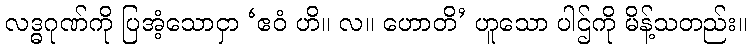
လဒ္ဓဂုဏ်ကို ပြအံ့သောငှာ ‘ဧဝံ ဟိ။ လ။ ဟောတိ’ ဟူသော ပါဌ်ကို မိန့်သတည်း။